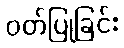
ဝတ်ပြုခြင်း